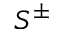
S ^ { \pm }